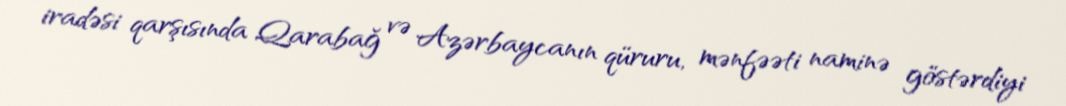
iradəsi qarşısında Qarabağ və Azərbaycanın qüruru, mənfəəti naminə göstərdiyi